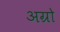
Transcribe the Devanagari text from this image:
अग्रो